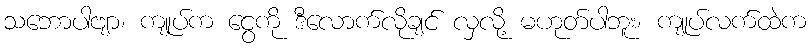
သဘောပါဗျာ၊ ကျုပ်က ငွေကို ဒီလောက်လိုချင် လှလို့ မဟုတ်ပါဘူး၊ ကျုပ်လက်ထဲက